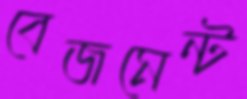
বেজমেন্ট